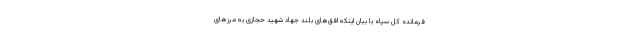
فرمانده کل سپاه با بیان اینکه افق‌های بلند جهاد شهید حجازی به مرزهای